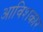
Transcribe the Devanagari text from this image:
आविशकार